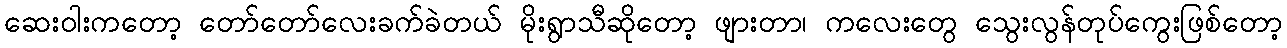
ဆေးဝါးကတော့ တော်တော်လေးခက်ခဲတယ် မိုးရွာသီဆိုတော့ ဖျားတာ၊ ကလေးတွေ သွေးလွန်တုပ်ကွေးဖြစ်တော့